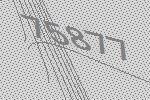
75877